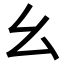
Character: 幺